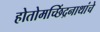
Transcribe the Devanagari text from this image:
होतोमच्छिंद्रनाथांचे